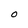
Character: 0